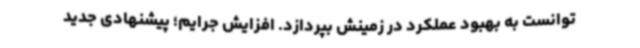
‌توانست به بهبود عملکرد در زمینش بپردازد. افزایش جرایم؛ پیشنهادی جدید